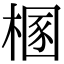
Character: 㮯